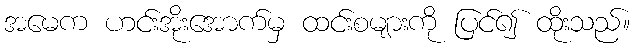
အမေက ဟင်းအိုးအောက်မှ ထင်းစများကို ပြင်၍ ထိုးသည်။